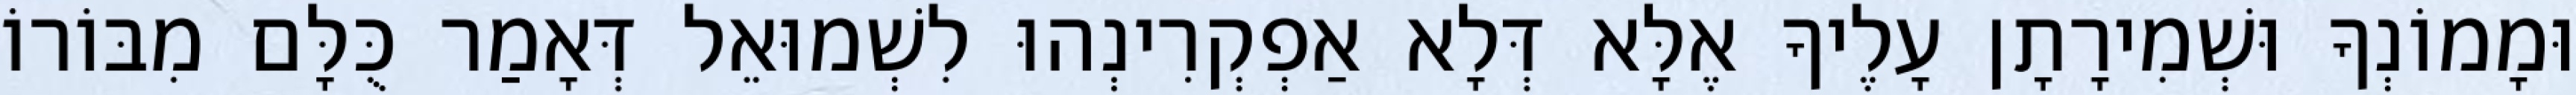
וּמָמוֹנְךָ וּשְׁמִירָתָן עָלֶיךָ אֶלָּא דְּלָא אַפְקְרִינְהוּ לִשְׁמוּאֵל דְּאָמַר כֻּלָּם מִבּוֹרוֹ